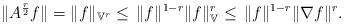
LaTeX: \begin{align*}\|A^{\frac{r}{2}} f\| = \|f\|_{\mathbb{V}^r} \le \, \|f\|^{1-r} \|f\|^r_{\mathbb{V}} \le \, \|f\|^{1-r} \|\nabla f\|^r.\end{align*}